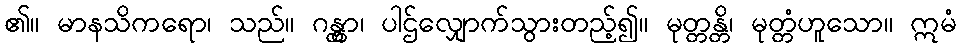
၏။ မာနသိကရော၊ သည်။ ဂန္တွာ၊ ပါဌ်လျှောက်သွားတည့်၍။ မုတ္တန္တိ၊ မုတ္တံဟူသော။ ဣမံ